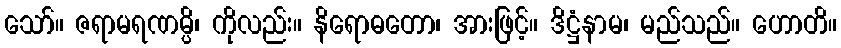
သော်။ ဇရာမရဏမ္ပိ၊ ကိုလည်း။ နိရောဓတော၊ အားဖြင့်။ ဒိဋ္ဌံနာမ၊ မည်သည်။ ဟောတိ။